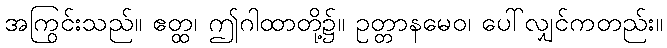
အကြွင်းသည်။ ဧတ္ထ၊ ဤဂါထာတို့၌။ ဥတ္တာနမေဝ၊ ပေါ်လျှင်ကတည်း။